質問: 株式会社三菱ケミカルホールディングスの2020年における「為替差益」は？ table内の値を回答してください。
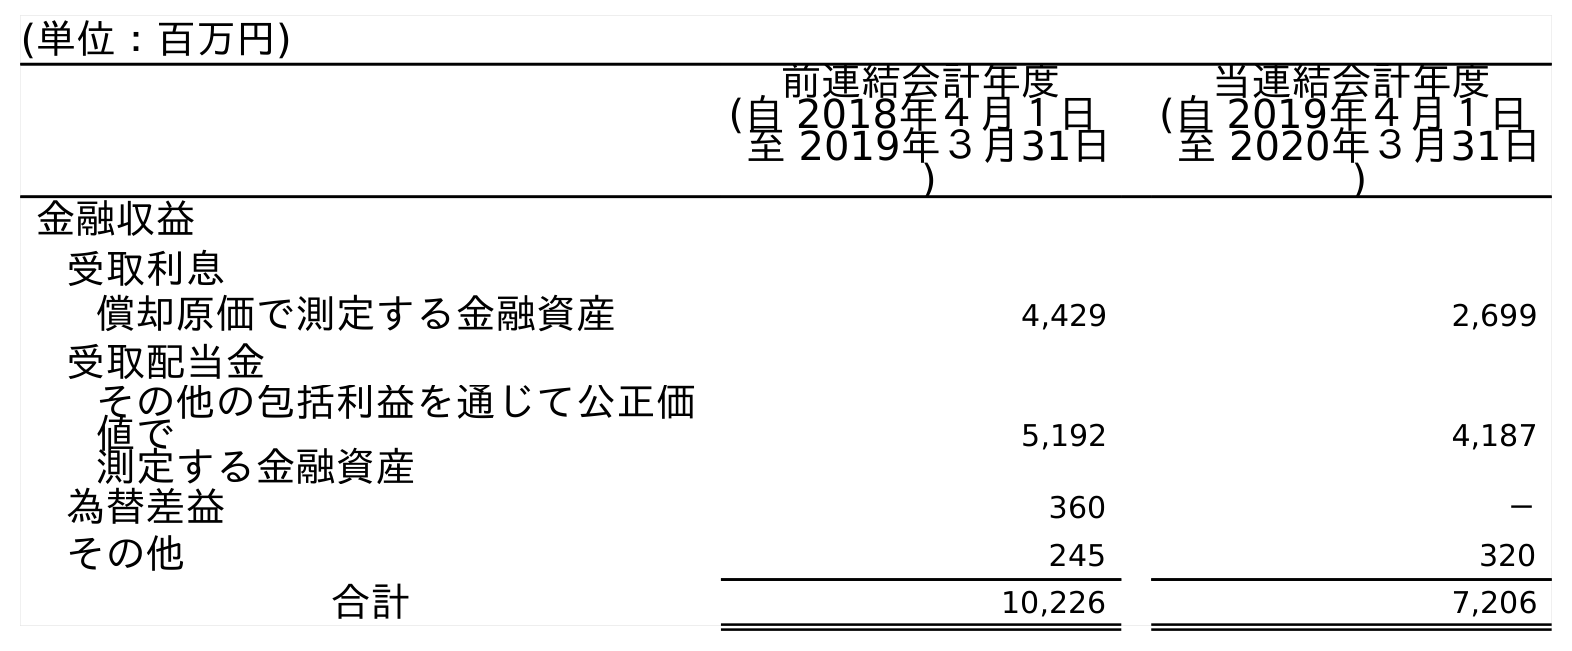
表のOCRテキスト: (単位：百万円) 前連結会計年度 (自 2018年４月１日 至 2019年３月31日 ) 当連結会計年度 (自 2019年４月１日 至 2020年３月31日 ) 金融収益 受取利息 償却原価で測定する金融資産 4,429 2,699 受取配当金 その他の包括利益を通じて公正価 値で 測定する金融資産 5,192 4,187 為替差益 360 － その他 245 320 合計 10,226 7,206
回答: －